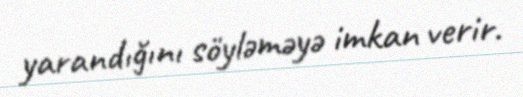
yarandığını söyləməyə imkan verir.